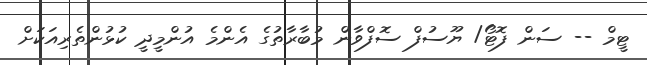
ޓީމް -- ސަން ފޮޓޯ/ ޔޫސުފް ސޮފްވާން މުބާރާތުގެ އެންމެ އުންމީދީ ކުޅުންތެރިއަކަށް